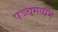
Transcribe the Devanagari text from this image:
पञ्चगव्यम्